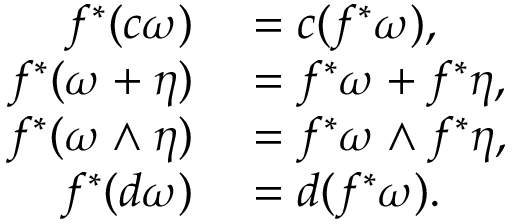
\begin{array} { r l } { f ^ { * } ( c \omega ) } & { { } = c ( f ^ { * } \omega ) , } \\ { f ^ { * } ( \omega + \eta ) } & { { } = f ^ { * } \omega + f ^ { * } \eta , } \\ { f ^ { * } ( \omega \wedge \eta ) } & { { } = f ^ { * } \omega \wedge f ^ { * } \eta , } \\ { f ^ { * } ( d \omega ) } & { { } = d ( f ^ { * } \omega ) . } \end{array}